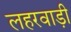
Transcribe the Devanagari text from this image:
लहरवाड़ी